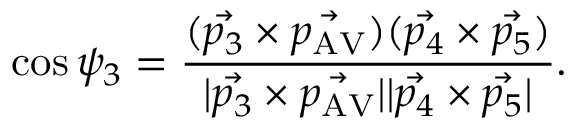
\cos \psi _ { 3 } = \frac { ( \vec { p _ { 3 } } \times \vec { p _ { \mathrm { A V } } } ) ( \vec { p _ { 4 } } \times \vec { p _ { 5 } } ) } { | \vec { p _ { 3 } } \times \vec { p _ { \mathrm { A V } } } | | \vec { p _ { 4 } } \times \vec { p _ { 5 } } | } .